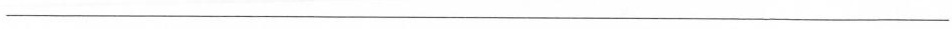
___